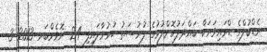
ރެޑްބުލްގެ ޑްރައިވަރަކާ ބައްދަލުކޮށްލުމުގެ ފުރުސަތު ހުޅުވާލައިފި 24 ނޮވެމްބަރ 2013 3